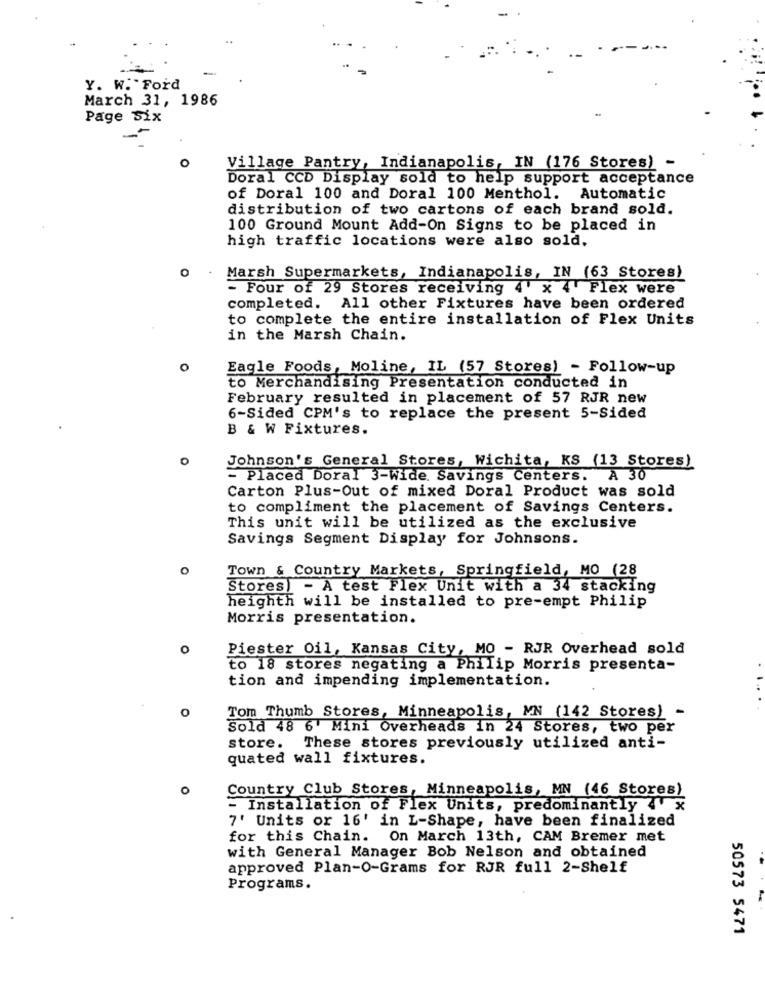
-
Y. W. Ford
March 31, 1986
Page Six
O
Village Pantry, Indianapolis, IN (176 Stores) -
Doral CCD Display sold to help support acceptance
of Doral 100 and Doral 100 Menthol. Automatic
distribution of two cartons of each brand sold.
100 Ground Mount Add-On Signs to be placed in
high traffic locations were also sold,
O
Marsh Supermarkets, Indianapolis, IN (63 Stores)
- Four of 29 Stores receiving 4' x 4 Flex were
completed. All other Fixtures have been ordered
to complete the entire installation of Flex Units
in the Marsh Chain.
O
Eagle Foods, Moline, IL (57 Stores) - Follow-up
to Merchandising Presentation conducted in
February resulted in placement of 57 RJR new
6-Sided CPM's to replace the present 5-Sided
B & W Fixtures.
o
Johnson's General Stores, Wichita, KS (13 Stores)
= Placed Doral 3-Wide. Savings Centers. A 30
Carton Plus-Out of mixed Doral Product was sold
to compliment the placement of Savings Centers.
This unit will be utilized as the exclusive
Savings Segment Display for Johnsons.
o
Town & Country Markets, Springfield, MO (28
Stores) - A test Flex Unit with a 34 stacking
heighth will be installed to pre-empt Philip
Morris presentation.
o
Piester Oil, Kansas City, MO - RJR Overhead sold
to 18 stores negating a Philip Morris presenta-
tion and impending implementation.
0
Tom Thumb Stores, Minneapolis, MN (142 Stores) -
Sold 48 6' Mini Overheads in 24 Stores, two per
store.
These stores previously utilized anti-
quated wall fixtures.
o
Country Club Stores, Minneapolis, MN (46 Stores)
- Installation of Flex Units, predominantly 4 x
7' Units or 16' in L-Shape, have been finalized
for this Chain.
On March 13th, CAM Bremer met
with General Manager Bob Nelson and obtained
approved Plan-O-Grams for RJR full 2-Shelf
Programs.
50573 5471